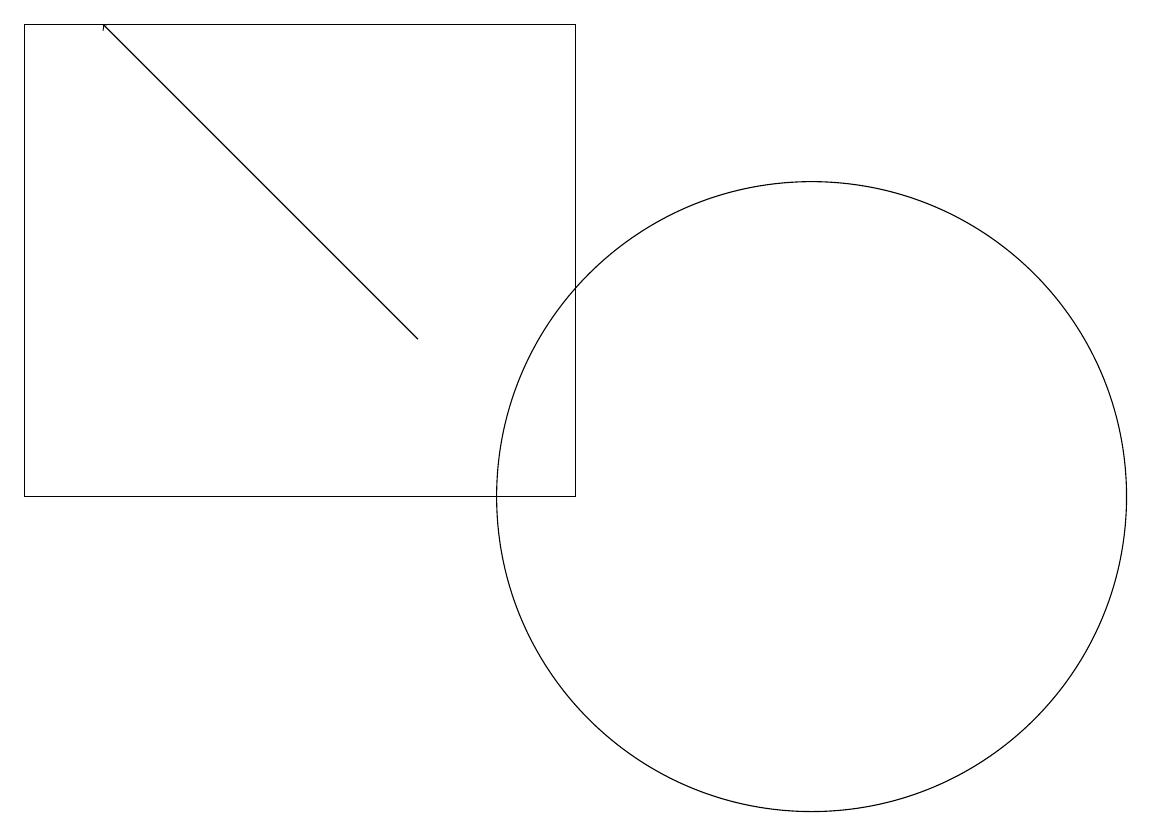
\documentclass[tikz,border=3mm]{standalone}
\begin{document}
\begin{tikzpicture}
\draw (11,12) circle (4);
\draw (8,18) rectangle (1,12);
\draw[->] (6,14) -- (2,18);
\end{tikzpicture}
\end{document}